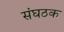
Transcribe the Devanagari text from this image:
संघठक